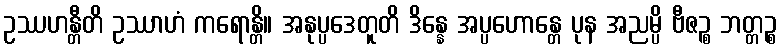
ဥဿဟန္တီတိ ဥဿာဟံ ကရောန္တိ။ အနုပ္ပဒေတူတိ ဒိန္နေ အပ္ပဟောန္တေ ပုန အညမ္ပိ ဗီဇဉ္စ ဘတ္တဉ္စ